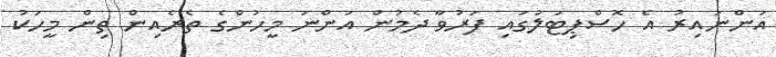
އަންނައިރު އެ ހޮސްޕިޓަލުގައި ފަރުވާ ދެމުން އަންނަ މީހުންގެ ތެރެއިން ތިން މީހަކު